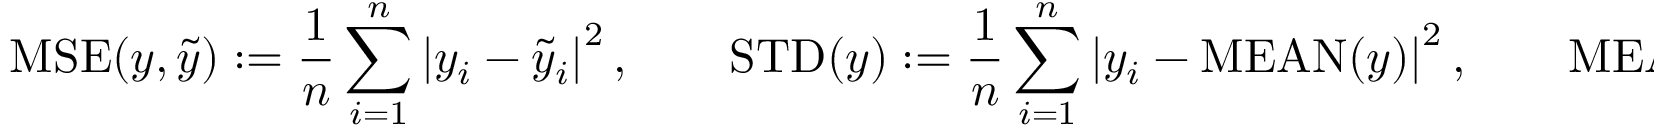
\mathrm { M S E } ( y , \tilde { y } ) : = \frac { 1 } { n } \sum _ { i = 1 } ^ { n } \left| y _ { i } - \tilde { y } _ { i } \right| ^ { 2 } , \quad \quad \mathrm { S T D } ( y ) : = \frac { 1 } { n } \sum _ { i = 1 } ^ { n } \left| y _ { i } - \mathrm { M E A N } ( y ) \right| ^ { 2 } , \quad \quad \mathrm { M E A N } ( y ) = \frac { 1 } { n } \sum _ { i = 1 } ^ { n } y _ { i } .